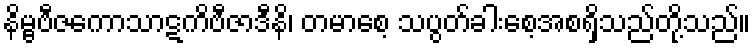
နိမ္ဗဗီဇကောသာဋကိဗီဇာဒီနိ၊ တမာစေ့ သပွတ်ခါးစေ့အစရှိသည်တို့သည်။